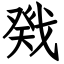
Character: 戣